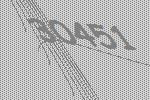
30451